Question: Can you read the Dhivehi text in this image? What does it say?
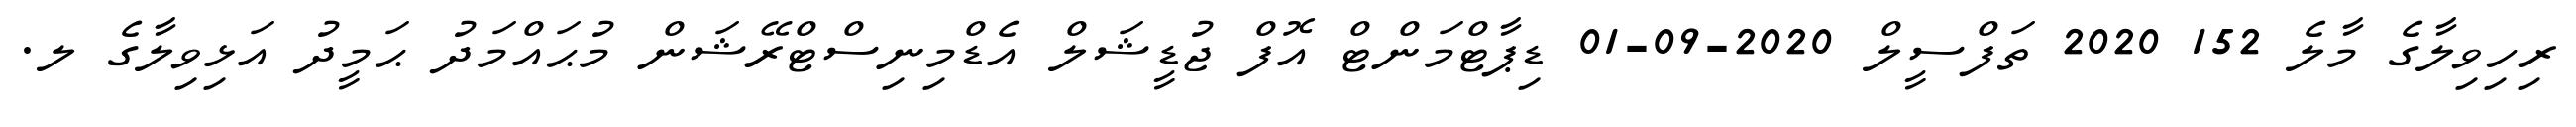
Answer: ރިހިވިލާގެ މާލެ 152 2020 ތަފްސީލް 2020-09-01 ޑިޕާޓްމަންޓް އޮފް ޖުޑީޝަލް އެޑްމިނިސްޓްރޭޝަން މުޙައްމަދު ޙަމީދު އަޅިވިލާގެ ލ.